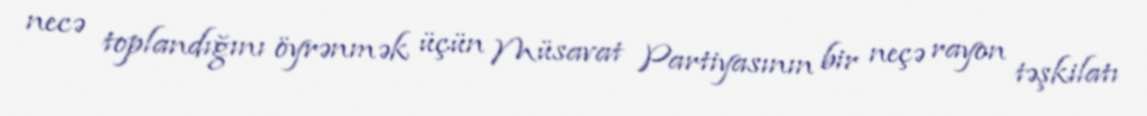
necə toplandığını öyrənmək üçün Müsavat Partiyasının bir neçə rayon təşkilatı